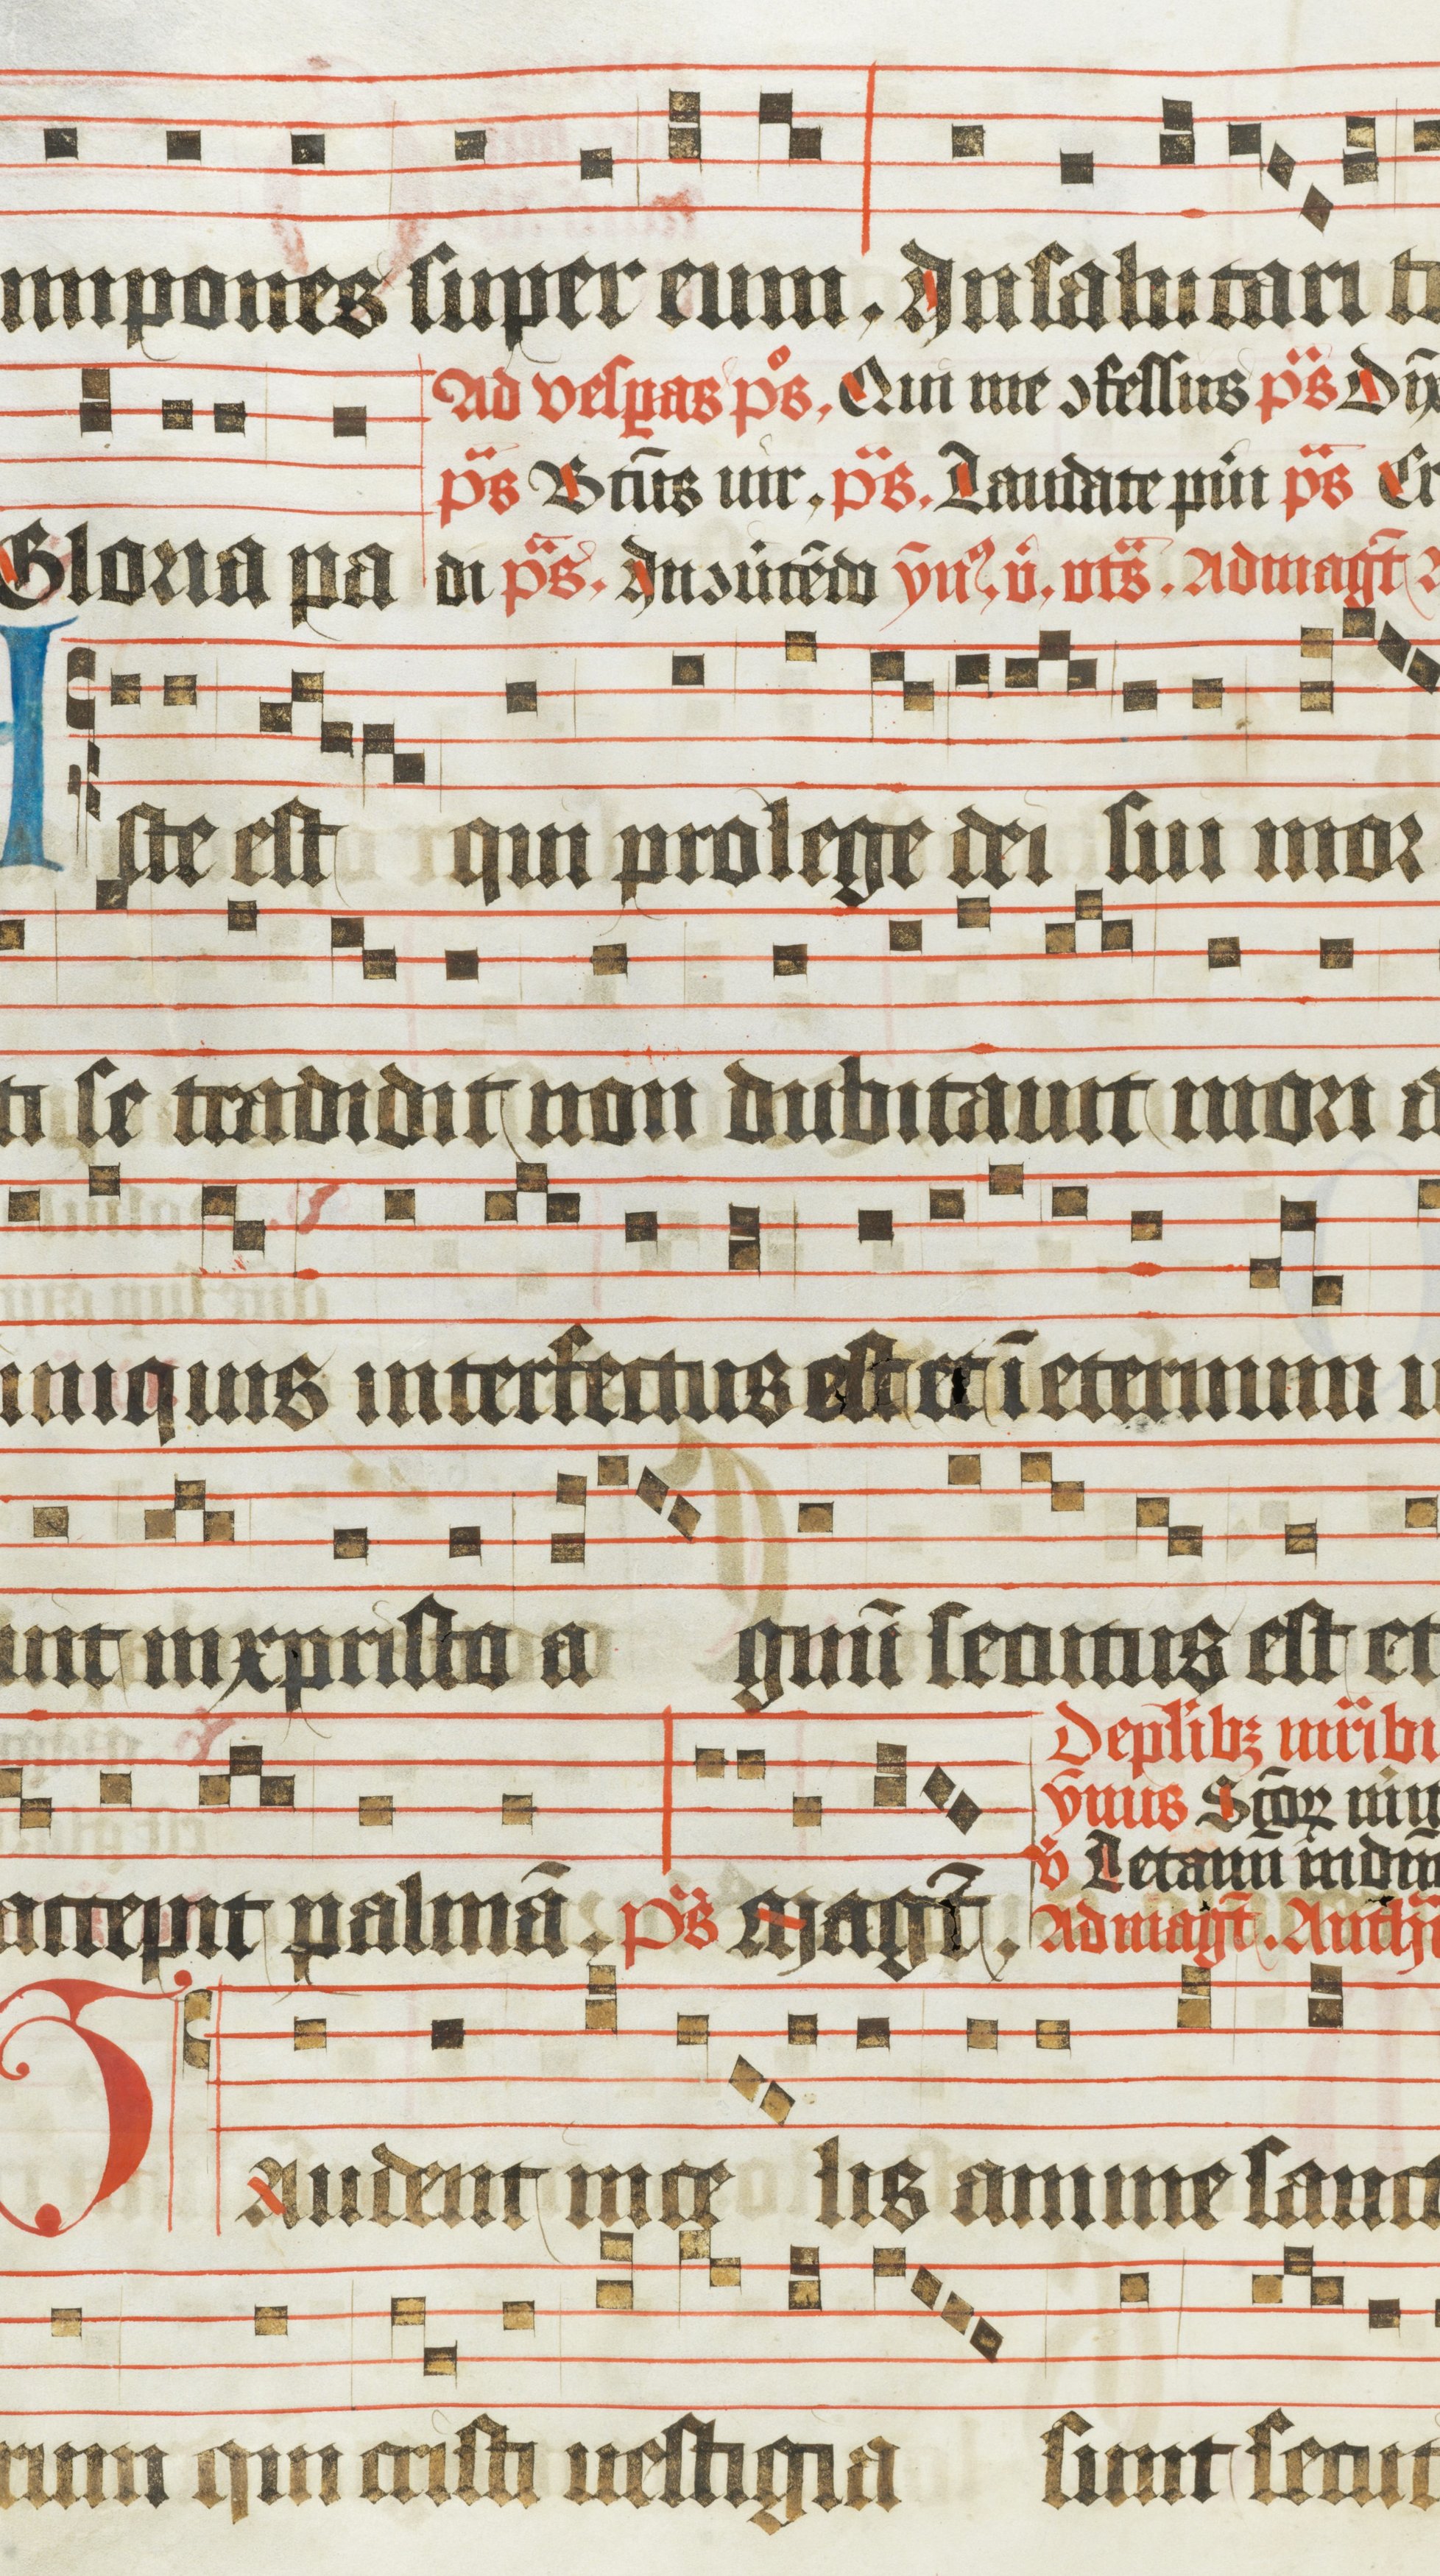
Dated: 1483–1484